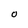
Character: 0